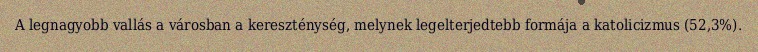
A legnagyobb vallás a városban a kereszténység, melynek legelterjedtebb formája a katolicizmus (52,3%).